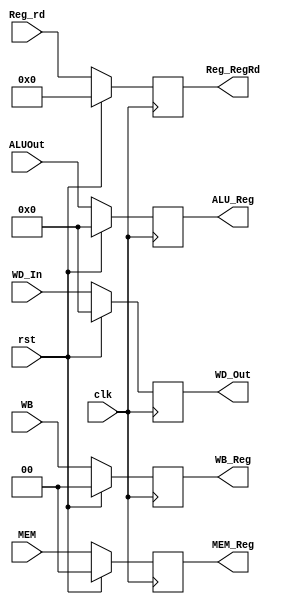
module EX_MEM( clk, rst, WB,     MEM,     ALUOut,  Reg_rd,    WD_In, 
				         WB_Reg, MEM_Reg, ALU_Reg, Reg_RegRd, WD_Out );
					
	input clk, rst;
	input [1:0] WB;
	input [1:0] MEM;
	input [4:0] Reg_rd;
	input [31:0] ALUOut, WD_In;
	output reg [1:0] WB_Reg;
	output reg [1:0] MEM_Reg;
	output reg [4:0] Reg_RegRd;
	output reg [31:0] ALU_Reg, WD_Out;

	always@( posedge clk )
	begin
		if ( rst )
		begin
			WB_Reg = 0;
			MEM_Reg = 0;
			ALU_Reg = 0;
			WD_Out = 0;
			Reg_RegRd = 0;
		end
		else
		begin
			WB_Reg 		<= WB;
			MEM_Reg 	<= MEM;
			ALU_Reg 	<= ALUOut;
			Reg_RegRd	<= Reg_rd;
			WD_Out 		<= WD_In;	
		end
	end
	
endmodule